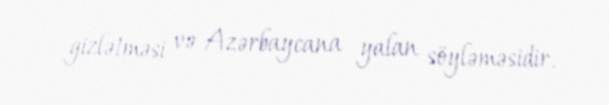
gizlətməsi və Azərbaycana yalan söyləməsidir.